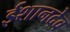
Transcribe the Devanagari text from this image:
ईशानदेव